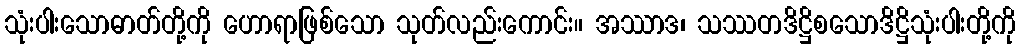
သုံးပါးသောဓာတ်တို့ကို ဟောရာဖြစ်သော သုတ်လည်းကောင်း။ အဿာဒ၊ သဿတဒိဋ္ဌိစသောဒိဋ္ဌိသုံးပါးတို့ကို